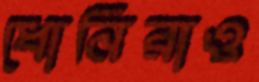
ধোনিরাও